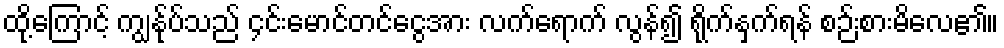
ထို့ကြောင့် ကျွန်ုပ်သည် ၄င်းမောင်တင်ငွေအား လက်ရောက် လွန်၍ ရိုက်နှက်ရန် စဉ်းစားမိလေ၏။